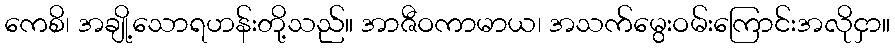
ကေစိ၊ အချို့သောရဟန်းတို့သည်။ အာဇီဝကာမာယ၊ အသက်မွေးဝမ်းကြောင်းအလိုငှာ။